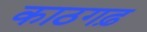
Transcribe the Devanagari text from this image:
काठगढ़